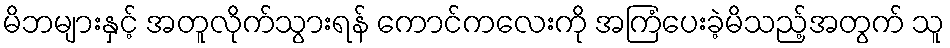
မိဘများနှင့် အတူလိုက်သွားရန် ကောင်ကလေးကို အကြံပေးခဲ့မိသည့်အတွက် သူ